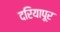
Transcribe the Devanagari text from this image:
दरियापूर